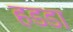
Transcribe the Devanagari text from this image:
हडडा